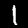
Label: 1